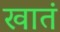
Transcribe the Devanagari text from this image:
खातं